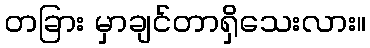
တခြား မှာချင်တာရှိသေးလား။